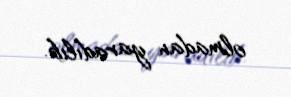
olmadan yaradılıb.